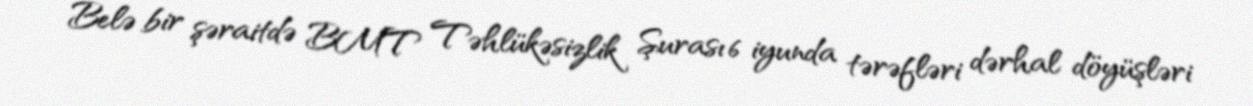
Belə bir şəraitdə BMT Təhlükəsizlik Şurası 6 iyunda tərəfləri dərhal döyüşləri